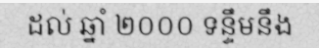
ដល់ ឆ្នាំ ២០០០ ទន្ទឹមនឹង